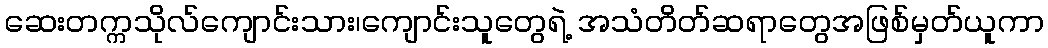
ဆေးတက္ကသိုလ်ကျောင်းသား၊ကျောင်းသူတွေရဲ့ အသံတိတ်ဆရာတွေအဖြစ်မှတ်ယူကာ